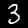
Digit: 3